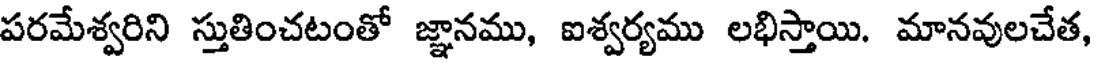
పరమేశ్వరిని స్తుతించటంతో జ్ఞానము, ఐశ్వర్యము లభిస్తాయి. మానవులచేత,